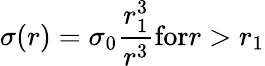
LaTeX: \sigma(r)=\sigma_{0}\frac{r_{1}^{3}}{r^{3}}\textrm{for}r>r_{1}